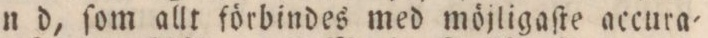
n d, ſom allt förbindes med möjligaſte accura=